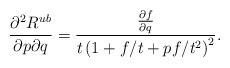
LaTeX: \begin{align*}\frac{\partial^2 R^{ub}}{\partial p \partial q}=\frac{\frac{\partial f}{\partial q}}{t\left(1+f/t+pf/t^2\right)^2}.\end{align*}